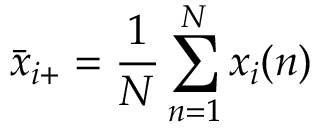
\bar { x } _ { i + } = \frac 1 N \sum _ { n = 1 } ^ { N } x _ { i } ( n )